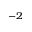
^ { - 2 }